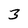
Character: 3